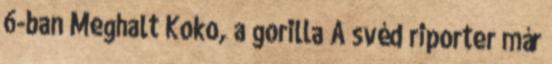
6-ban Meghalt Koko, a gorilla A svéd riporter már